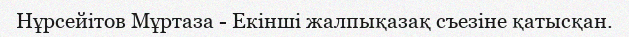
Нұрсейітов Мұртаза - Екінші жалпықазақ съезіне қатысқан.